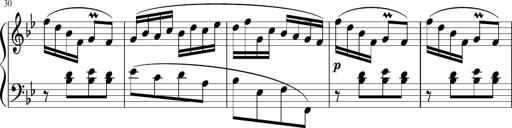
Title: 12 Keyboard Sonatinas
Composer: James Hook